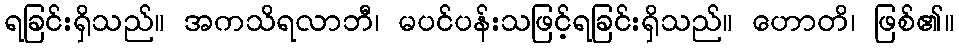
ရခြင်းရှိသည်။ အကသိရလာဘီ၊ မပင်ပန်းသဖြင့်ရခြင်းရှိသည်။ ဟောတိ၊ ဖြစ်၏။